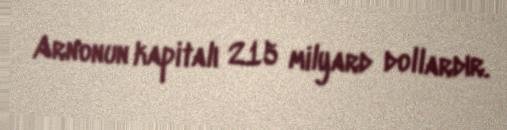
Arnonun kapitalı 215 milyard dollardır.